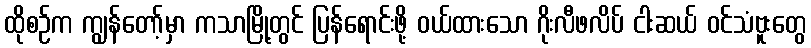
ထိုစဉ်က ကျွန်တော့်မှာ ကသာမြို့တွင် ပြန်ရောင်းဖို့ ဝယ်ထားသော ဂိုးလီဖလိပ် ငါးဆယ် ဝင်သံဗူးတွေ